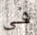
في